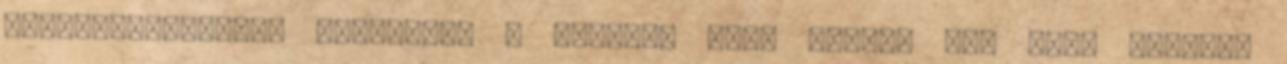
Magyarországnak. Mozgástér A berlini terv megint nem szól másról,